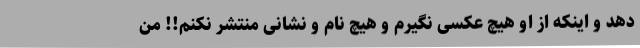
دهد و اینکه از او هیچ عکسی نگیرم و هیچ نام و نشانی منتشر نکنم!! من